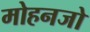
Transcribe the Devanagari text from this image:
मोहनजो